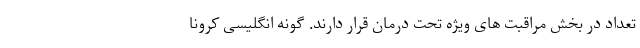
تعداد در بخش مراقبت های ویژه تحت درمان قرار دارند. گونه انگلیسی کرونا